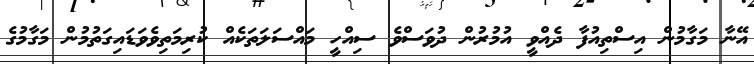
އޭނާ މަގާމުން އިސްތިއުފާ ދެއްވީ އުމުރުން ދުވަސްވެ ސިއްހީ މައްސަަލަތަކެއް ކުރިމަތިވެވަޑައިގަތުމުން މަގާމުގެ